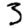
Digit: 3